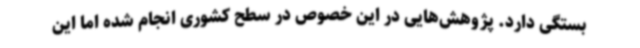
بستگی دارد. پژوهش‌هایی در این خصوص در سطح کشوری انجام شده‌ اما این